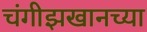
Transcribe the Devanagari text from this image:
चंगीझखानच्या